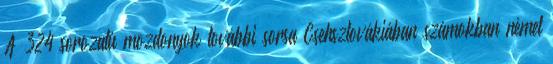
A 324 sorozatú mozdonyok további sorsa Csehszlovákiában számokban német